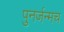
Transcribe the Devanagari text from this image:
पुनर्जन्मच